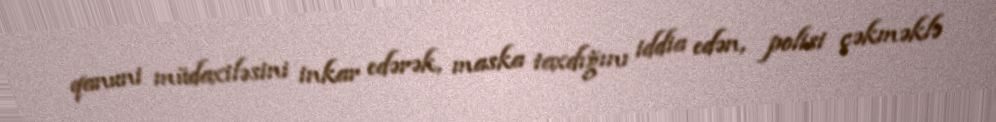
qanuni müdaxiləsini inkar edərək, maska taxdığını iddia edən, polisi çəkməklə